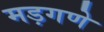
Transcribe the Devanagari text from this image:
मड़गणे